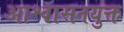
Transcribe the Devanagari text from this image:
आश्वासनयुक्त